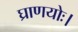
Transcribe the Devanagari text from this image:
घ्राणयोः।